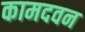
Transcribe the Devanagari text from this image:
कामदवन